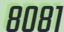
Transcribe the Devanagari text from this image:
८०८१